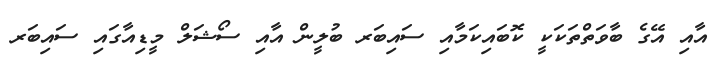
އާއި އޭގެ ބާވަތްތަކަކީ ކޮބައިކަމާއި ސައިބަރ ބުލީން އާއި ސޯޝަލް މީޑިއާގައި ސައިބަރ